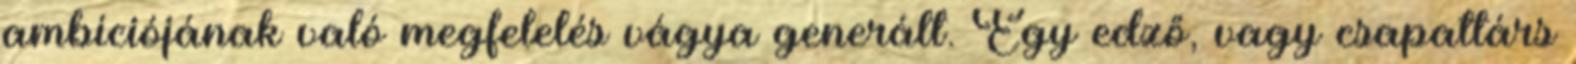
ambíciójának való megfelelés vágya generált. Egy edző, vagy csapattárs